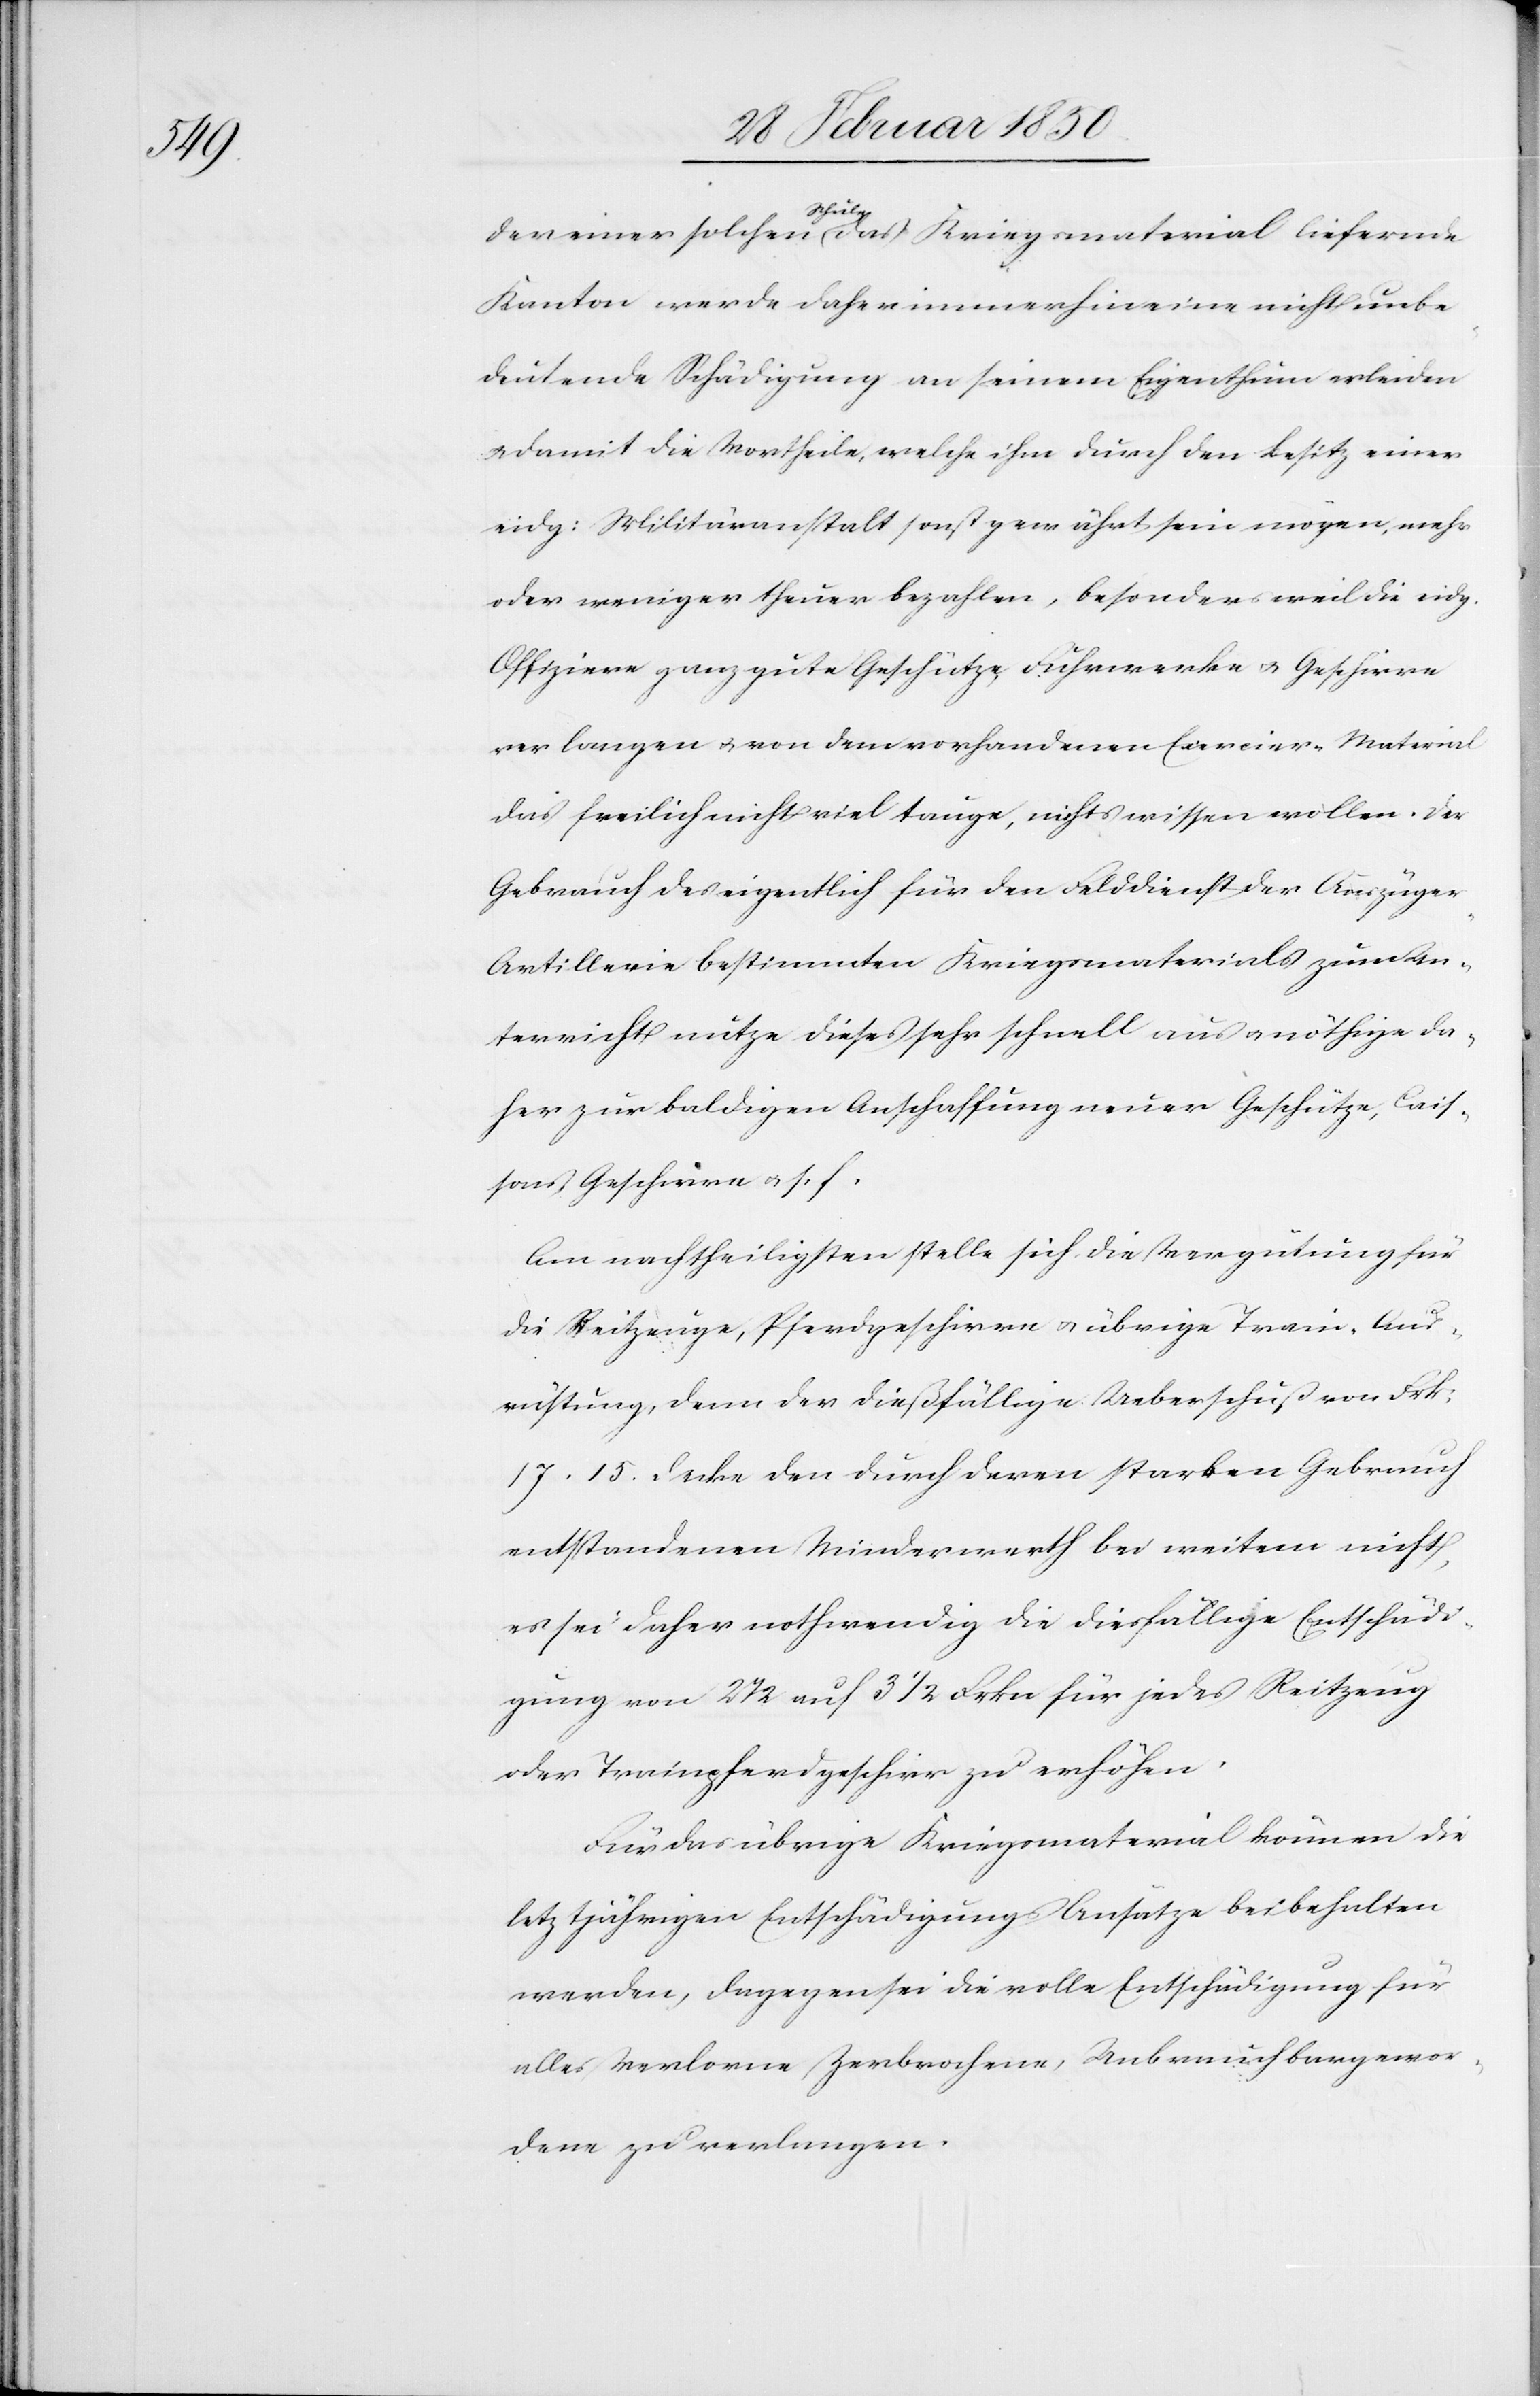
Der einer solchen Schule das Kriegsmaterial liefernde
Kanton werde daher immerhin eine nicht unbe¬
deutende Schädigung an seinem Eigenthum erleiden
damit die Vortheile, welche ihm durch den Besitz einer
eidg: Militäranstalt sonst gewährt sein mögen, mehr
oder weniger theuer bezahlen, besonders weil die eidg.
Offiziere ganz gute Geschütze, Fuhrwerke u. Geschirre
verlangen u. von dem vorhandenen Exercier-Material
das freilich nicht viel tauge, nichts wissen wollen. Der
Gebrauch des eigentlich für den Felddienst der Auszüge¬
r-Artillerie bestimmten Kriegsmaterials zum Un¬
terricht nutze dieses sehr schnell aus u. nöthige da¬
her zur baldigen Anschaffung neuer Geschütze, Cais¬
sons, Geschirre u. s. f.
Am nachtheiligsten stelle sich die Vergütung für
die Reitzeuge, Pferdgeschirre u. übrige Train-Aus¬
rüstung, denn der dießfällige Ueberschuß von Frk:
17. 15. decke den durch deren starken Gebrauch
entstandenen Minderwerth bei weitem nicht,
es sei daher nothwendig die diesfällige Entschädi¬
gung von 2 1/2 auf 3 1/2 Frkn für jedes Reitzeug
oder Trainpferdgeschirr zu erhöhen.
Für das übrige Kriegsmaterial können die
letztjährigen Entschädigungs-Ansätze beibehalten
werden, dagegen sei die volle Entschädigung für
alles Verlorne, Zerbrochene, Unbrauchbargewor¬
dene zu verlangen.